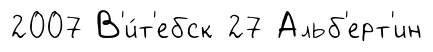
2007 В'и́т'ебск 27 Альб'ерт'ин